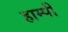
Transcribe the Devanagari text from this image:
हाम्पी